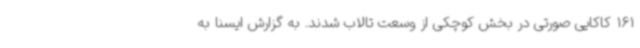
161 کاکایی صورتی در بخش کوچکی از وسعت تالاب شدند. به گزارش ایسنا به